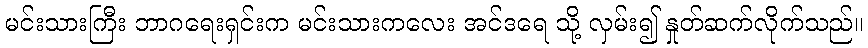
မင်းသားကြီး ဘာဂရေးရှင်းက မင်းသားကလေး အင်ဒရေ သို့ လှမ်း၍ နှုတ်ဆက်လိုက်သည်။